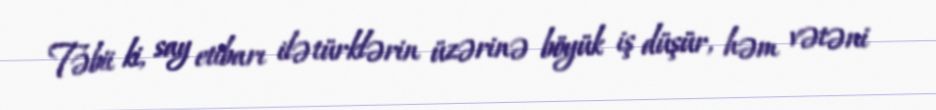
Təbii ki, say etibarı ilə türklərin üzərinə böyük iş düşür, həm vətəni